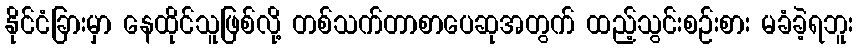
နိုင်ငံခြားမှာ နေထိုင်သူဖြစ်လို့ တစ်သက်တာစာပေဆုအတွက် ထည့်သွင်းစဉ်းစား မခံခဲ့ရဘူး